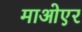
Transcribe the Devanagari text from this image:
माओएर